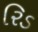
રિડ